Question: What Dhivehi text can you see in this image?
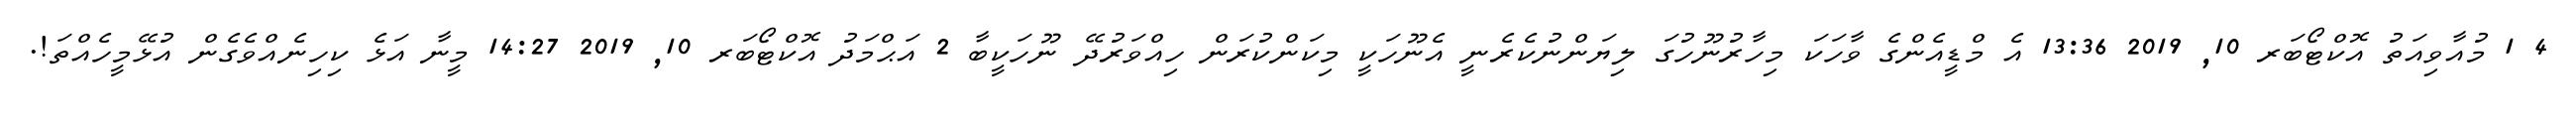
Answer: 4 1 މުއާވިއަތު އޮކްޓޯބަރ 10, 2019 13:36 އެ މްޑީއެންގެ ވާހަކަ މިހާރުނޫހުގަ ލިޔަންނުކެރެނީ އެނޫހަކީ މިކަންކުރަން ހިއްވަރުދޭ ނޫހަކީބާ 2 އަޙްމަދު އޮކްޓޯބަރ 10, 2019 14:27 މީނާ އަޅެ ކިހިނެއްވެގެން އުޅޭމީހެއްތަ!.